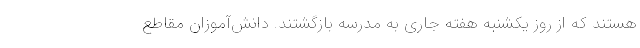
هستند که از روز یکشنبه هفته جاری به مدرسه بازگشتند. دانش‌آموزان مقاطع